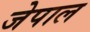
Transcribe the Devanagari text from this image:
जेपाल